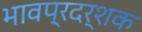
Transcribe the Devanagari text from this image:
भावप्रदर्शक